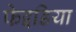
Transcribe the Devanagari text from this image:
फेइडिया